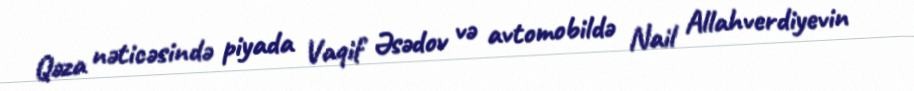
Qəza nəticəsində piyada Vaqif Əsədov və avtomobildə Nail Allahverdiyevin